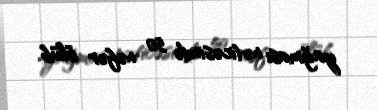
yağması nəticəsində 50 nəfər ölüb.